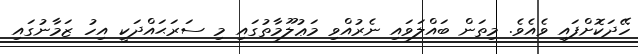
ހޭދަކޮށްފައި ވެއެވެ. މިތަން ބައްލަވައި ނެރުއްވި މަޢުލޫމާތުގައި މި ސަރަޙައްދަކީ އިހު ޒަމާނުގައި